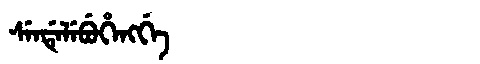
Manchu: ᠰᡝᠨᡩᡝᠯᡝᠪᡠᡥᡝᠩᡤᡝ
Romanization: SENDELEBUHENGGE